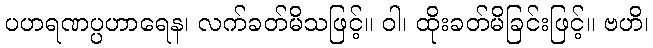
ပဟရဏပ္ပဟာရေန၊ လက်ခတ်မိသဖြင့်။ ဝါ၊ ထိုးခတ်မိခြင်းဖြင့်။ ဗဟိ၊